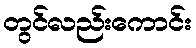
တွင်လည်းကောင်း